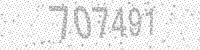
Solution: 707491